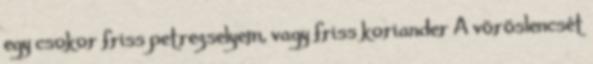
egy csokor friss petrezselyem, vagy friss koriander A vöröslencsét